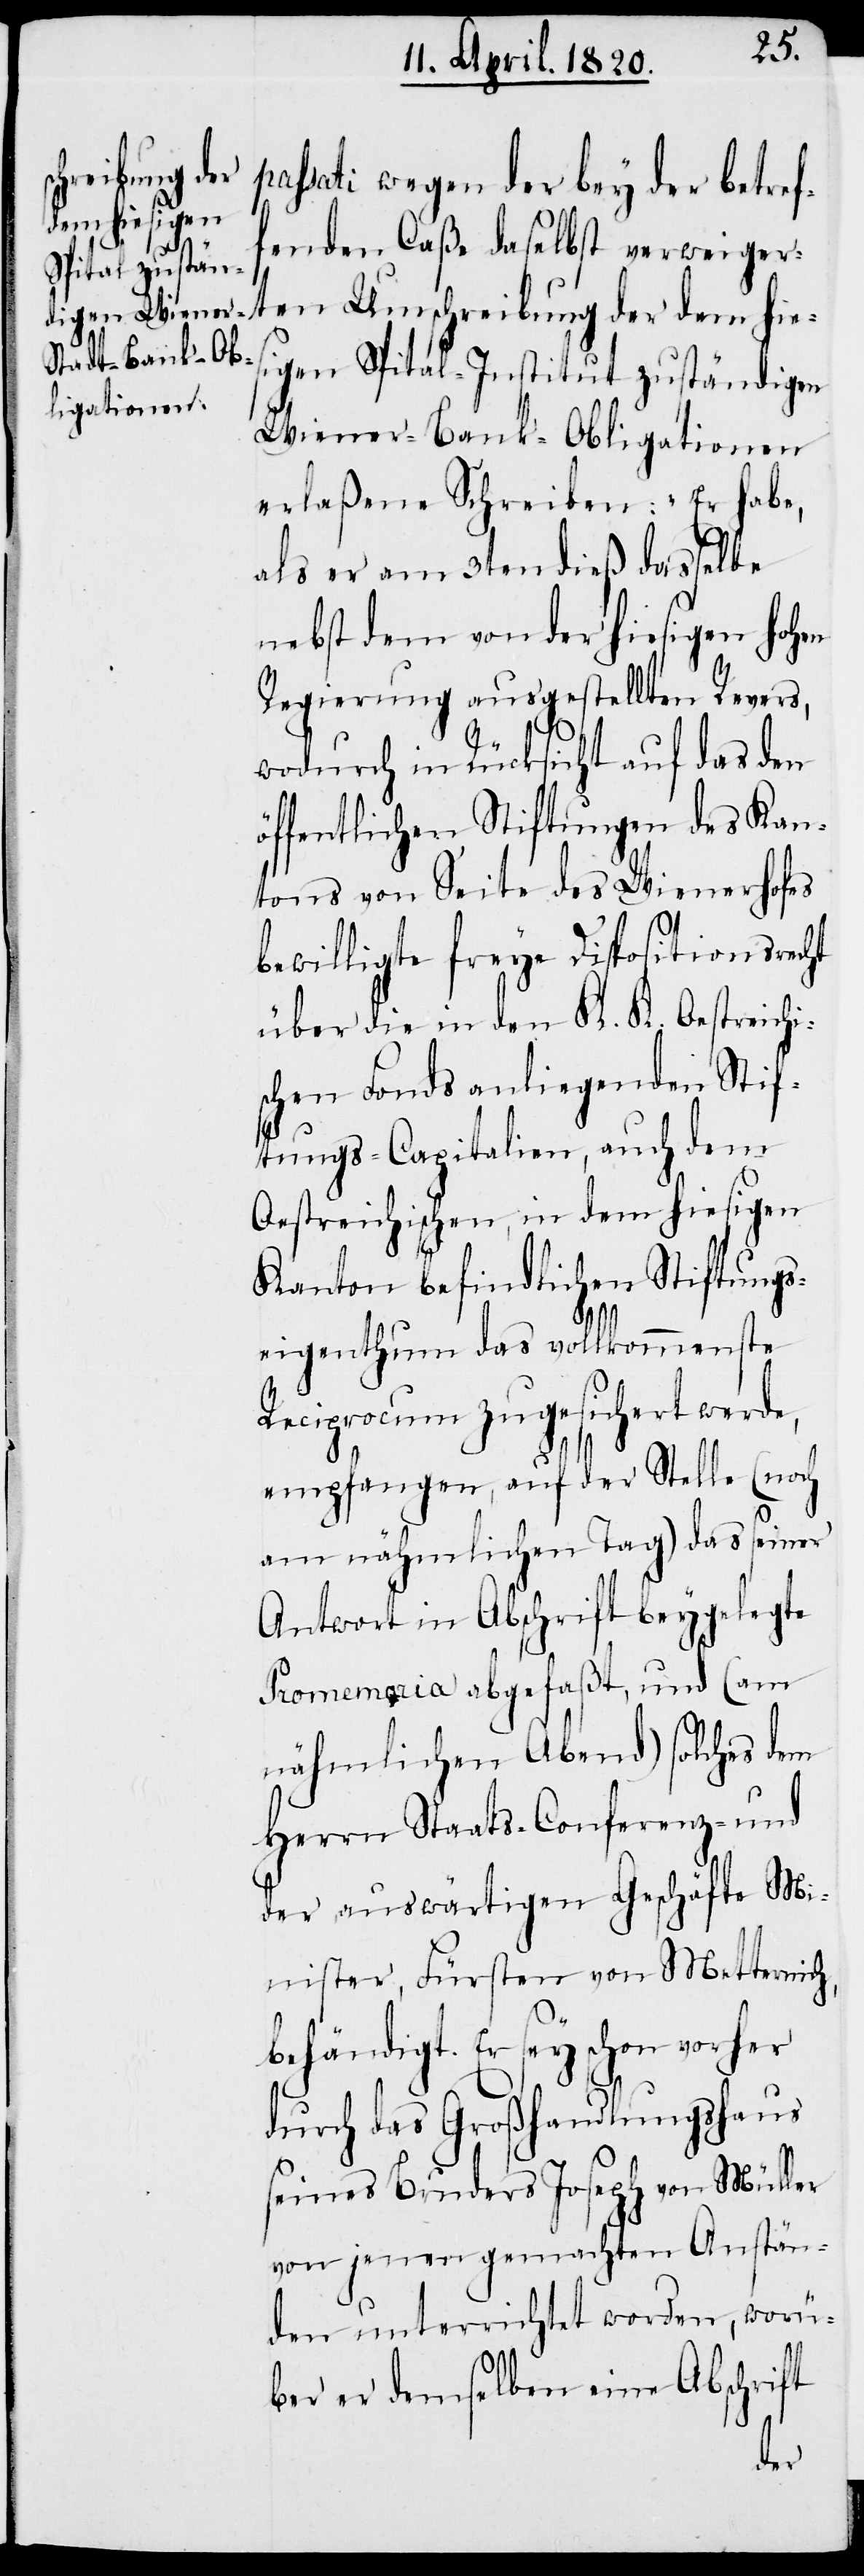
passati wegen der bey der betref¬
fenden Caße daselbst verweiger¬
ten Umschreibung der dem hies¬
igen Spital-Institut zuständigen
Wiener-Bank-Obligationen
erlaßene Schreiben: „Er habe,
als er am 3ten dieß dasselbe
nebst dem von der hiesigen Hohen
Regierung ausgestellten Revers,
wodurch in Rücksicht auf das den
öffentlichen Stiftungen des Kan¬
tons von Seite des Wienerhofes
bewilligte freye Dispositionsrecht
über die in den K. K. Oestreichis¬
chen Fonds anliegenden Stif¬
tungs-Capitalien, auch dem
Oestreichischen, in dem hiesigen
Kanton befindlichen Stiftungs¬
eigenthum das vollkommenste
Reciprocum zugesichert werde,
empfangen, auf der Stelle (noch
am nähmlichen Tag) das seiner
Antwort in Abschrift beygelegte
Promemoria abgefaßt, und (am
nähmlichen Abend) solches dem
Herrn Staats- Conferenz- und
der auswärtigen Geschäfte M¬
inister, Fürsten von Metternich,
behändigt. Er sey schon vorher
durch das Großhandlungshaus
seines Bruders Joseph von Müller
von jenen gemachten Anstän¬
den unterrichtet worden, worü¬
ber er demselben eine Abschrift